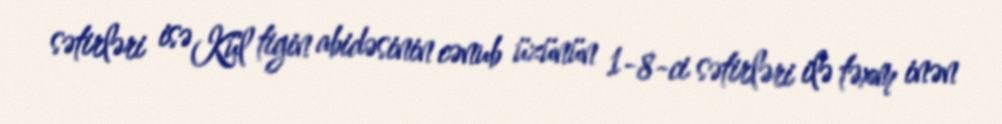
sətirləri isə Kül tigin abidəsinin cənub üzünün 1-8-ci sətirləri ilə təxm inən